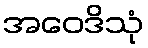
အဝေဒိသုံ